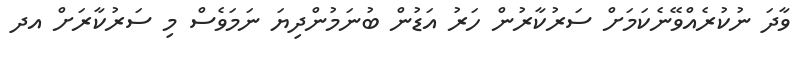
ވާދަ ނުކުރެއްވޭނެކަމަށް ސަރުކާރުން ހަރު އަޑުން ބުނަމުންދިޔަ ނަމަވެސް މި ސަރުކާރަށް އދ